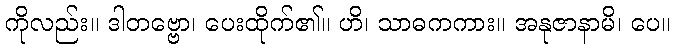
ကိုလည်း။ ဒါတဗ္ဗော၊ ပေးထိုက်၏။ ဟိ၊ သာဓကကား။ အနုဇာနာမိ၊ ပေ။